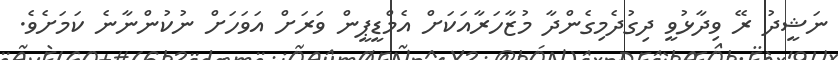
ނަޝީދު ރޭ ވިދާޅުވީ ދިގުދެމިގެންދާ މުޒާހަރާއަކަށް އެމްޑީޕީން ވަރަށް އަވަހަށް ނުކުންނާނެ ކަމަށެވެ.